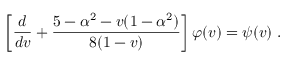
\left[ \frac { d } { d v } + \frac { 5 - \alpha ^ { 2 } - v ( 1 - \alpha ^ { 2 } ) } { 8 ( 1 - v ) } \right] \varphi ( v ) = \psi ( v ) ~ .